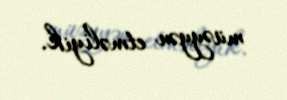
müəyyən etməliyik.